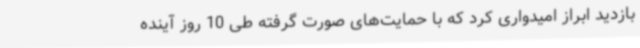
بازدید ابراز امیدواری کرد که با حمایت‌های صورت گرفته طی 10 روز آینده